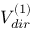
V _ { d i r } ^ { ( 1 ) }